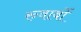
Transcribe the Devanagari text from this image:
रुवाबों